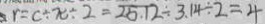
r = c \div \pi \div 2 = 2 5 . 1 2 \div 3 . 1 4 \div 2 = 4